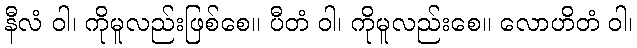
နီလံ ဝါ၊ ကိုမူလည်းဖြစ်စေ။ ပီတံ ဝါ၊ ကိုမူလည်းစေ။ လောဟိတံ ဝါ၊